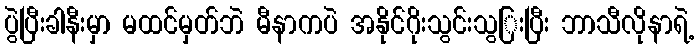
ပွဲပြီးခါနီးမှာ မထင်မှတ်ဘဲ မီနာကပဲ အနိုင်ဂိုးသွင်းသွြးပြီး ဘာသီလိုနာရဲ့